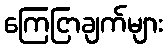
ကြေငြာချက်များ